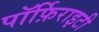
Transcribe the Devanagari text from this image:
पॉर्फ़िराइटी